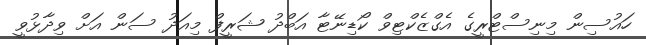
ހައުސިން މިނިސްޓްރީގެ އެގްޒެކްޓިވް ކޯޑިނޭޓާ އަބްދު ޝަރީފް މިއަދު ސަން އަށް ވިދާޅުވީ